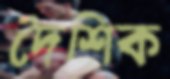
দৈশিক